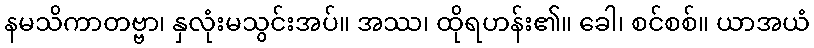
နမသိကာတဗ္ဗာ၊ နှလုံးမသွင်းအပ်။ အဿ၊ ထိုရဟန်း၏။ ခေါ၊ စင်စစ်။ ယာအယံ